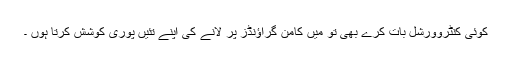
کوئی کنٹروورشل بات کرے بھی تو میں کامن گراؤنڈز پر لانے کی اپنے تئیں پوری کوشش کرتا ہوں ۔